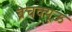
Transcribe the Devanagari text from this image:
ब्रेचक्यूऊ